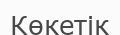
Көкетік